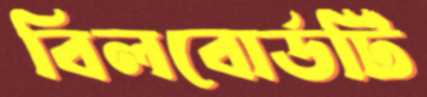
বিলবোর্ডটি